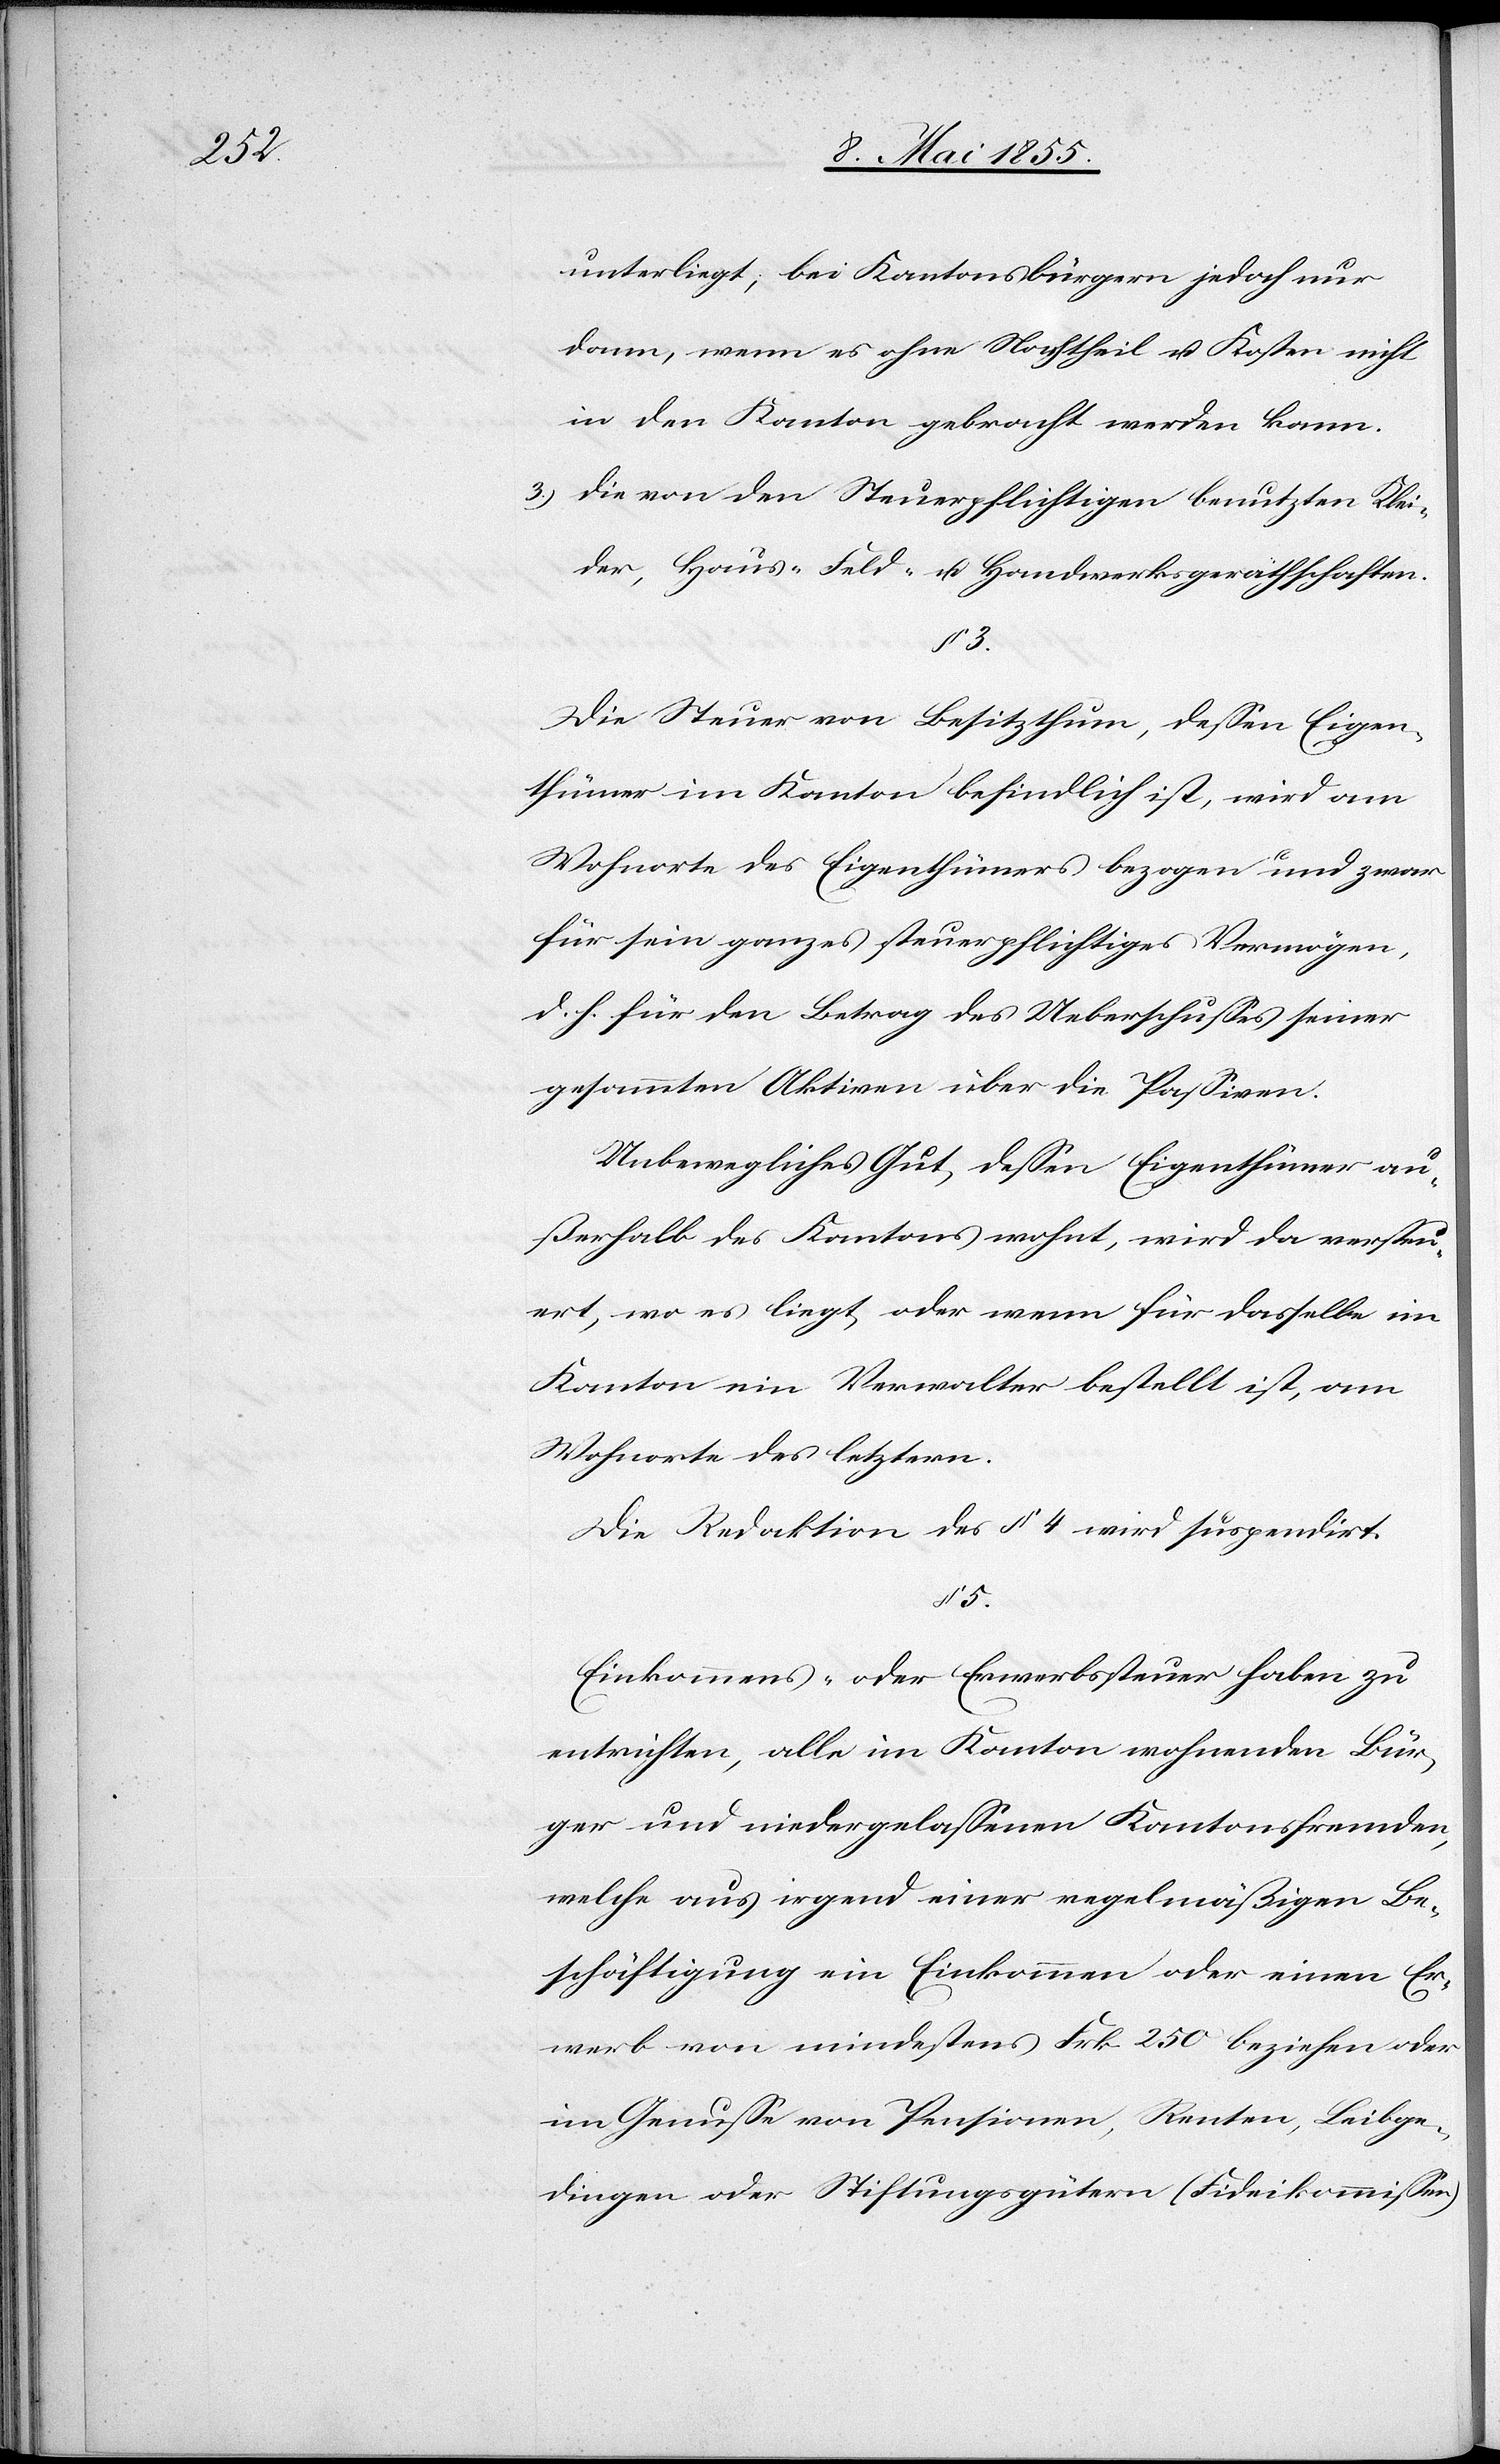
unterliegt; bei Kantonsbürgern jedoch nur
dann, wenn es ohne Nachtheil u. Kosten nicht
in den Kanton gebracht werden kann.
Die von den Steuerpflichtigen benutzten Klei¬
der, Haus-[,] Feld- u. Handwerksgeräthschaften.
§ 3.
Die Steuer von Besitzthum, dessen Eigen¬
thümer im Kanton befindlich ist, wird am
Wohnorte des Eigenthümers bezogen und zwar
für sein ganzes steuerpflichtiges Vermögen,
d. h. für den Betrag des Ueberschusses seiner
gesammten Aktiven über die Passiven.
Unbewegliches Gut, dessen Eigenthümer au¬
ßerhalb des Kantons wohnt, wird das versteu¬
ert, wo es liegt, oder wenn für dasselbe im
Kanton ein Verwalter bestellt ist, am
Wohnorte des letztern.
Die Redaktion des § 4 wird suspendirt.
§ 5.
Einkommens- oder Erwerbssteuer haben zu
entrichten, alle im Kanton wohnenden Bür¬
ger und niedergelassenen Kantonsfremden,
welche aus irgend einer regelmäßigen Be¬
schäftigung ein Einkommen oder einen Er¬
werb von mindestens Frk. 250 beziehen oder
im Genusse von Pensionen, Renten, Leibge¬
dingen oder Stiftungsgütern (Fideikommissen)